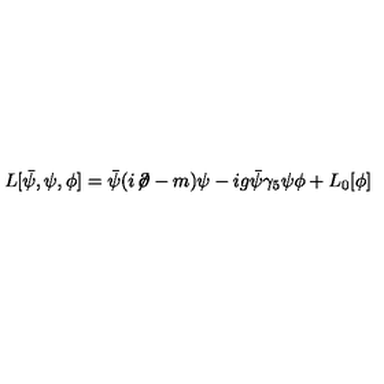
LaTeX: L [ \bar { \psi } , \psi , \phi ] = \bar { \psi } ( i \! \not \! \partial - m ) \psi - i g \bar { \psi } \gamma _ { 5 } \psi \phi + L _ { 0 } [ \phi ]